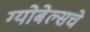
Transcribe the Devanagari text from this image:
ग्योबेल्सचे